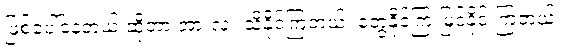
ဖြစ်ပေါ်နေတယ် ဆိုတာ အားလုံး သိနိုင်ကြတယ်၊ တွေ့နိုင်ကြ မြင်နိုင် ကြတယ်။